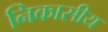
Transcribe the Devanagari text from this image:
निकासीय